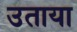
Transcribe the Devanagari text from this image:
उताया